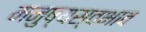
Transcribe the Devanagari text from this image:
मनुष्यस्वभाव